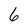
Character: 6